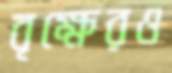
বৃক্ষেরও